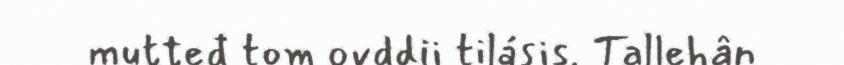
mutteđ tom ovddii tilásis. Tallehân